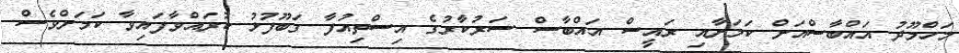
މަހްމޫދު އައްބާސްއަށް ކަމަށާއި ރައީސް އައްބާސް ސަރުކާރުގެ އިސްތިއުފާ ގަބޫފުޅު ކުރައްވާފައިވާ ކަމަށްވެސް